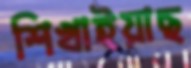
শিখাইয়াছ